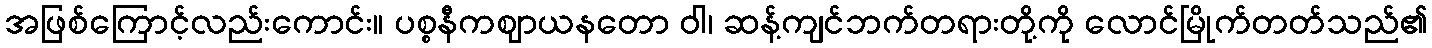
အဖြစ်ကြောင့်လည်းကောင်း။ ပစ္စနီကဈာယနတော ဝါ၊ ဆန့်ကျင်ဘက်တရားတို့ကို လောင်မြိုက်တတ်သည်၏